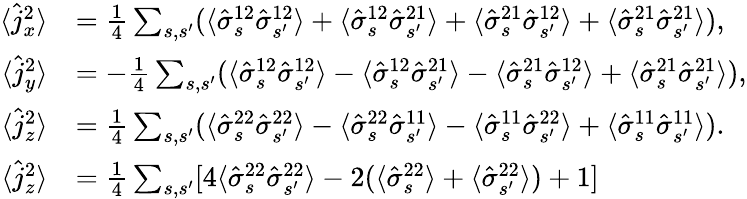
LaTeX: \begin{array}{rl}{\langle\hat{j}_{x}^{2}\rangle}&{=\frac{1}{4}\sum_{s,s^{\prime}}(\langle\hat{\sigma}_{s}^{12}\hat{\sigma}_{s^{\prime}}^{12}\rangle+\langle\hat{\sigma}_{s}^{12}\hat{\sigma}_{s^{\prime}}^{21}\rangle+\langle\hat{\sigma}_{s}^{21}\hat{\sigma}_{s^{\prime}}^{12}\rangle+\langle\hat{\sigma}_{s}^{21}\hat{\sigma}_{s^{\prime}}^{21}\rangle),}\\ {\langle\hat{j}_{y}^{2}\rangle}&{=-\frac{1}{4}\sum_{s,s^{\prime}}(\langle\hat{\sigma}_{s}^{12}\hat{\sigma}_{s^{\prime}}^{12}\rangle-\langle\hat{\sigma}_{s}^{12}\hat{\sigma}_{s^{\prime}}^{21}\rangle-\langle\hat{\sigma}_{s}^{21}\hat{\sigma}_{s^{\prime}}^{12}\rangle+\langle\hat{\sigma}_{s}^{21}\hat{\sigma}_{s^{\prime}}^{21}\rangle),}\\ {\langle\hat{j}_{z}^{2}\rangle}&{=\frac{1}{4}\sum_{s,s^{\prime}}(\langle\hat{\sigma}_{s}^{22}\hat{\sigma}_{s^{\prime}}^{22}\rangle-\langle\hat{\sigma}_{s}^{22}\hat{\sigma}_{s^{\prime}}^{11}\rangle-\langle\hat{\sigma}_{s}^{11}\hat{\sigma}_{s^{\prime}}^{22}\rangle+\langle\hat{\sigma}_{s}^{11}\hat{\sigma}_{s^{\prime}}^{11}\rangle).}\\ {\langle\hat{j}_{z}^{2}\rangle}&{=\frac{1}{4}\sum_{s,s^{\prime}}[4\langle\hat{\sigma}_{s}^{22}\hat{\sigma}_{s^{\prime}}^{22}\rangle-2(\langle\hat{\sigma}_{s}^{22}\rangle+\langle\hat{\sigma}_{s^{\prime}}^{22}\rangle)+1]}\end{array}